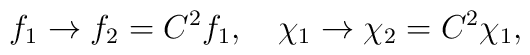
f_1 \rightarrow f_2=C^2 f_1,\quad \chi_1 \rightarrow \chi_2=C^2\chi_1,